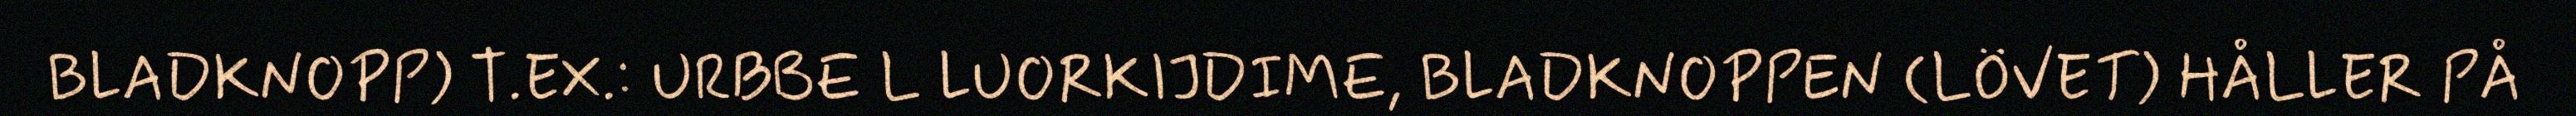
BLADKNOPP) T.EX.: URBBE L LUORKIJDIME, BLADKNOPPEN (LÖVET) HÅLLER PÅ